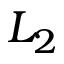
L _ { 2 }